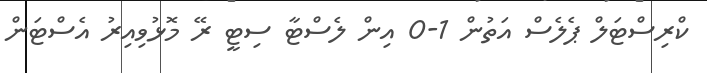
ކްރިސްޓަލް ޕެލެސް އަތުން 1-0 އިން ލެސްޓާ ސިޓީ ރޭ މޮޅުވިއިރު އެސްޓަން